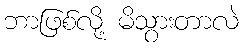
ဘာဖြစ်လို့ မိသွားတာလဲ